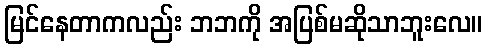
မြင်နေတာကလည်း ဘဘကို အပြစ်မဆိုသာဘူးလေ။